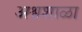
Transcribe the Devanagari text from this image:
अश्वशाळा